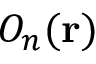
O _ { n } ( \mathbf { r } )